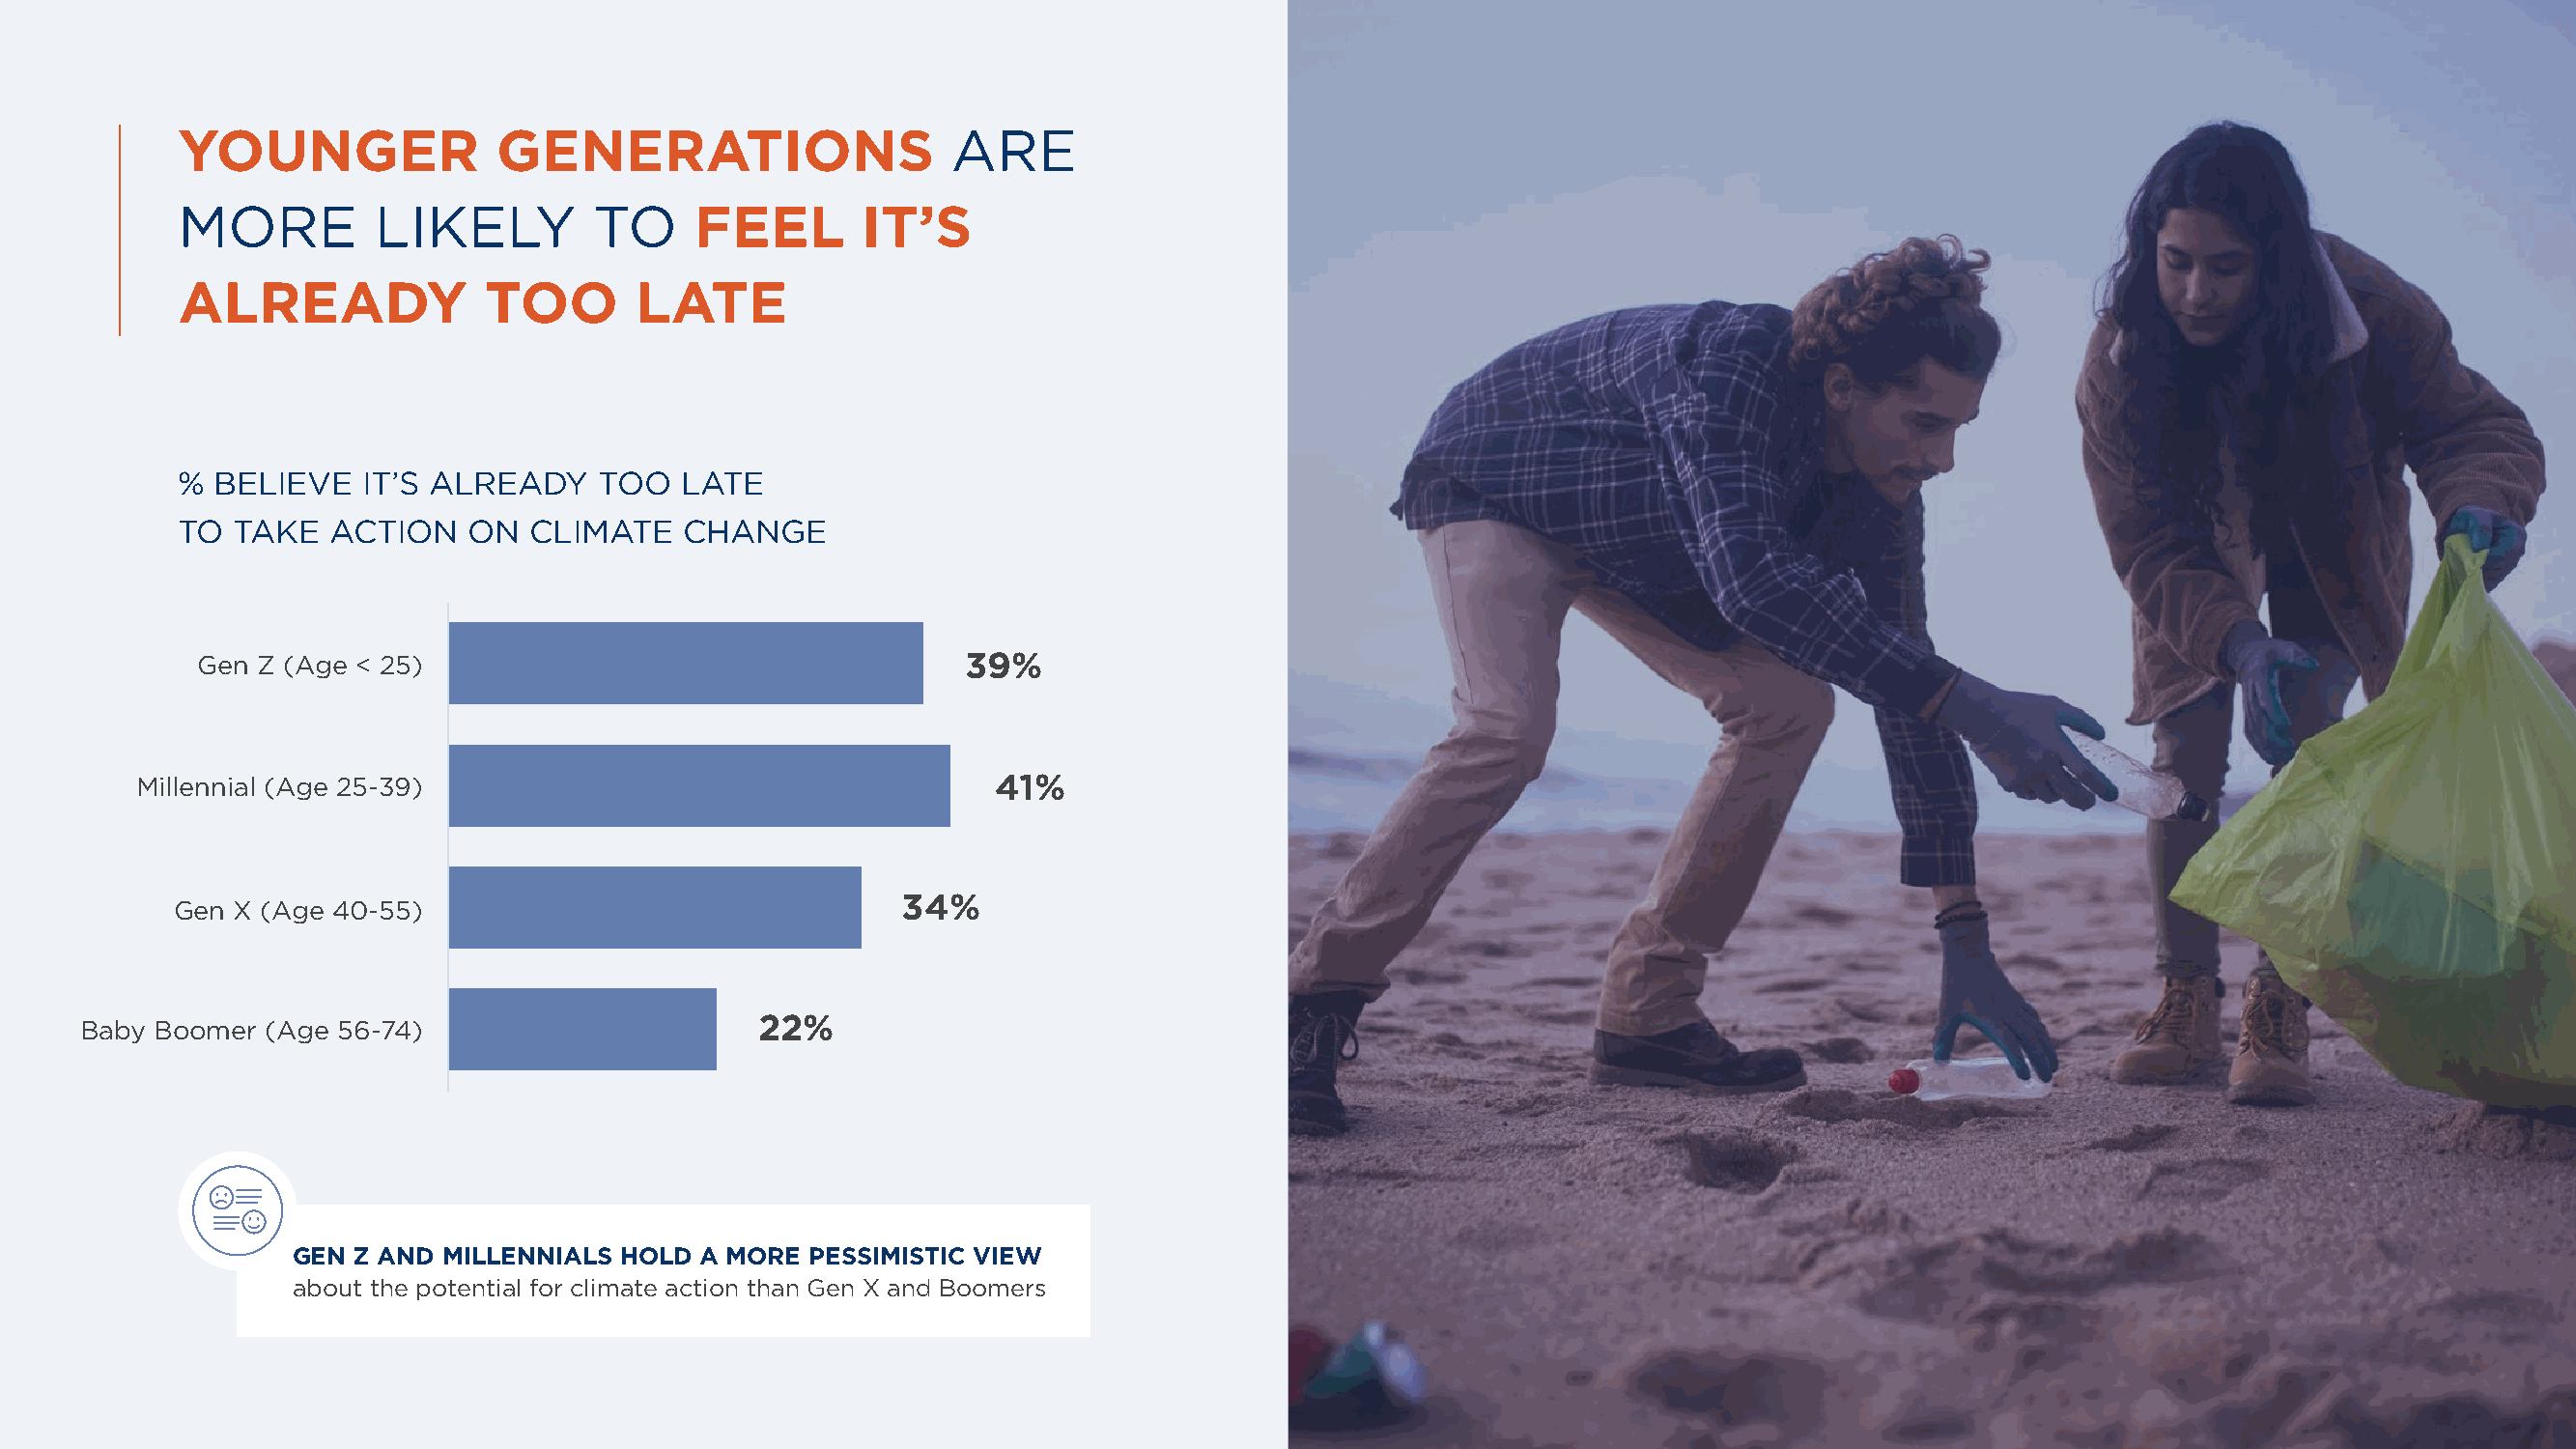
YOUNGER               GENERATIONS                    ARE
 MORE          LIKELY         TO     FEEL       IT’S
 ALREADY              TOO        LATE
 %  BELIEVE   IT’S ALREADY    TOO   LATE
 TO  TAKE   ACTION   ON  CLIMATE    CHANGE
 Gen Z (Age < 25)                                    39%
 Millennial (Age 25-39)                                     41%
 Gen X (Age 40-55)                                 34%
 Baby  Boomer (Age 56-74)                       22%
 GEN Z AND MILLENNIALS  HOLD A MORE PESSIMISTIC VIEW
 about the potential for climate action than Gen X and Boomers